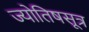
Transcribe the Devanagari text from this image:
ज्योतिषसूत्र